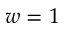
w = 1